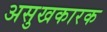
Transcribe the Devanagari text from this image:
असुखकारक